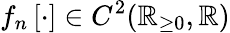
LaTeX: f_{n}\left[\cdot\right]\in C^{2}(\mathbb{R}_{\ge 0},\mathbb{R})